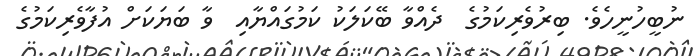
ނުބީހުނީހެވެ. ބިރުވެރިކަމުގެ  ދެއްވާ ބޭކަލަކު ކަމުގައްޔާއި  ވާ ބަޔަކަށް އުފާވެރިކަމުގެ